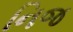
નિજ